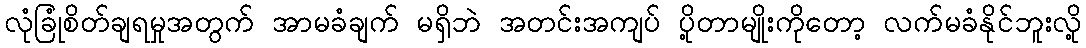
လုံခြုံစိတ်ချရမှုအတွက် အာမခံချက် မရှိဘဲ အတင်းအကျပ် ပို့တာမျိုးကိုတော့ လက်မခံနိုင်ဘူးလို့